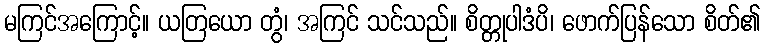
မကြင်အကြောင့်။ ယတြယော တွံ၊ အကြင် သင်သည်။ စိတ္တုပါဒံပိ၊ ဖောက်ပြန်သော စိတ်၏